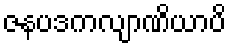
ဇနပဒကလျာဏိယာပိ